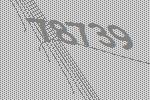
78739